Annual report of the Punjab Veterinary College and of the Civil Veterinary Department, Punjab - 1926-1932
Year: 1926
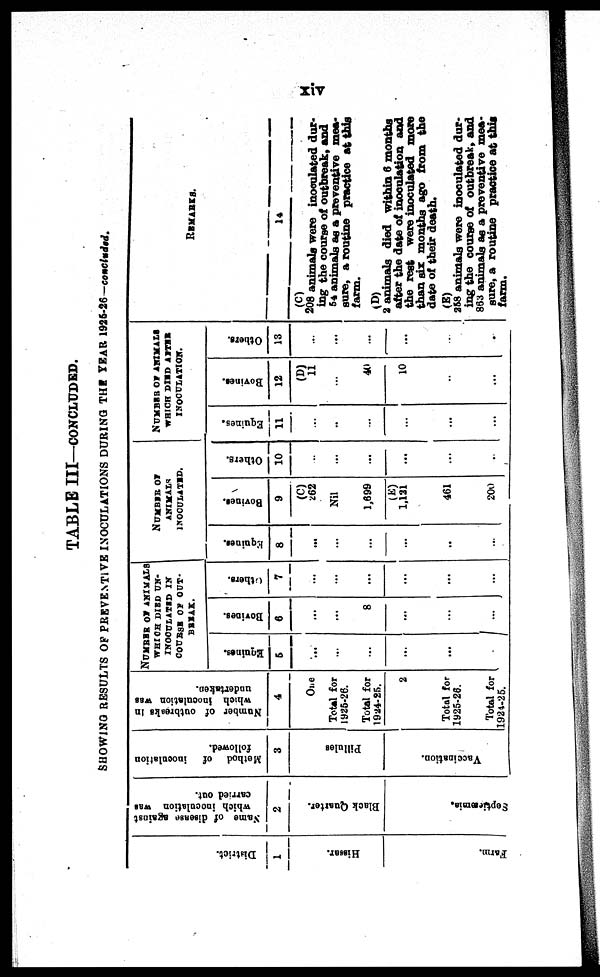
xiv
TABLE III—CONCLUDED.
SHOWING RESULTS OF PREVENTIVE INOCULATIONS DURING THE YEAR 1925-26—concluded.
District.
1
Hissar.
Farm.
Name of disease agaiast
which inoculation was
carried out.
2
Black Quarter.
Septicæmia.
Method of inoculation
followed.
3
Pillules
Vaccination.
Number of outbreaks in
which inoculation was
undertaken.
4
One
Total for
1025-26.
Total for
1924-25.
2
Total for
1925-26.
Total for
1924-25.
NUMBER OF ANIMALS
WHICH DIED UN-
INOCULATED IN
COURSE OF OUT-
BREAK.
Equines.
5
...
...
...
...
...
...
Bovines.
6
...
...
8
...
...
...
Others.
7
...
...
...
...
...
...
NUMBER OF
ANIMALS
INOCULATED.
Equines.
8
...
...
...
...
...
...
Bovines.
9
(C)
262
Nil
1,699
(E)
1,131
461
200
Others.
10
...
...
...
...
...
..
NUMBER OF ANIMALS
WHICH DIED AFTER
INOCULATION.
Equines.
11
...
..
...
...
...
...
Bovines.
12
(D)
11
...
40
10
..
...
Others.
13
...
...
...
...
...
REMARKS.
14
208 animals were inoculated dur-
ing the course of outbreak, and
54 animals as a preventive mea¬
sure, a routine practice at this
farm.
(D)
2 animals
died
within 6 months
after the date of inoculation and
the rest were inoculated mora
than six months ago from the
date of their death.
(E)
258 animals were inoculated dur-
ing the course of outbreak, and
863 animals as a preventive mea-
sure, a routine practice at this
farm.